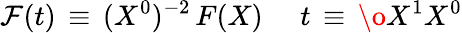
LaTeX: {\cal F}(t)\, \equiv\, (X^{0})^{-2}\, F(X)\, \quad\, t\, \equiv\, {\o{X^{1}}{X^{0}}}